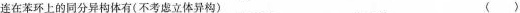
连在苯环上的同分异构体有（不考虑立体异构）